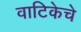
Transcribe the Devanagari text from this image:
वाटिकेचे